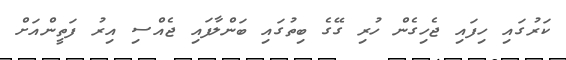
ކަރުގައި ހިފައި ޖެހިގެން ހުރި ގޭގެ ބިތުގައި ބަންލާފައި ޖެއްސި އިރު ފަތީންއަށް